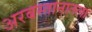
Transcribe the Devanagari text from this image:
अरबस्तानातला